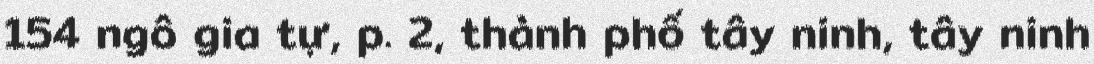
154 ngô gia tự, p. 2, thành phố tây ninh, tây ninh